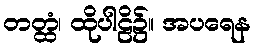
တတ္ထံ၊ ထိုပါဠိ၌။ အပရေန